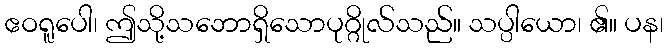
ဧဝရူပေါ၊ ဤသို့သဘောရှိသောပုဂ္ဂိုလ်သည်။ သပ္ပါယော၊ ၏။ ပန၊